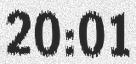
20:01